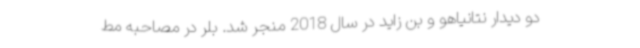
دو دیدار نتانیاهو و بن زاید در سال 2018 منجر شد. بلر در مصاحبه مط